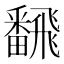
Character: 飜